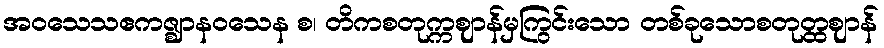
အဝသေသဧကဇ္ဈာနဝသေန စ၊ တိကစတုက္ကဈာန်မှကြွင်းသော တစ်ခုသောစတုတ္ထဈာန်